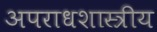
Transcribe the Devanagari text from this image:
अपराधशास्त्रीय